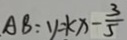
A B : y = k x - \frac { 3 } { 5 }